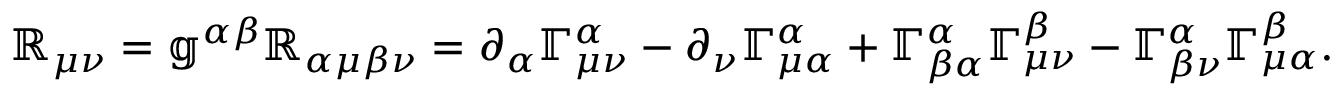
\mathbb { R } _ { \mu \nu } = \mathbb { g } ^ { \alpha \beta } \mathbb { R } _ { \alpha \mu \beta \nu } = \partial _ { \alpha } \mathbb { \Gamma } _ { \mu \nu } ^ { \alpha } - \partial _ { \nu } \mathbb { \Gamma } _ { \mu \alpha } ^ { \alpha } + \mathbb { \Gamma } _ { \beta \alpha } ^ { \alpha } \mathbb { \Gamma } _ { \mu \nu } ^ { \beta } - \mathbb { \Gamma } _ { \beta \nu } ^ { \alpha } \mathbb { \Gamma } _ { \mu \alpha } ^ { \beta } .